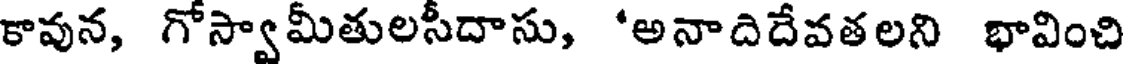
కావున, గోస్వామీతులసీదాసు, 'అనాదిదేవతలని భావించి